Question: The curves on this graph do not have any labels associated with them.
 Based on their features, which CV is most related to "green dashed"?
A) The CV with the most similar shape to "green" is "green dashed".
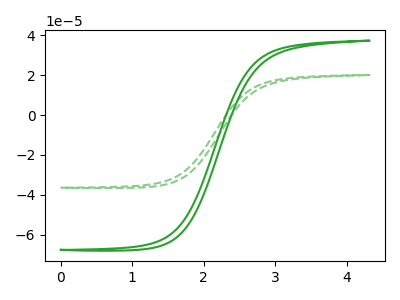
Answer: <think>The green curve "green" has no peaks. The green dashed curve "green dashed" has no peaks.
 Neither "green" or "green dashed" have any peaks.</think>
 <answer>A) The CV with the most similar shape to "green" is "green dashed".</answer>
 <eval>A</eval>